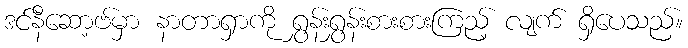
ဒင်နီဆော့ဗ်မှာ နာတာရှာကို ရွှန်းရွှန်းစားစားကြည့် လျက် ရှိပေသည်။